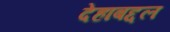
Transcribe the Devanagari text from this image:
देहाबद्दल